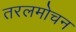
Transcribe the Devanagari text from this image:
तरलमोचन